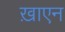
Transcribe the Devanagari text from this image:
ख़ाएन